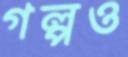
গল্পও